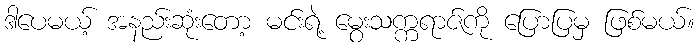
ဒါပေမယ့် အနည်းဆုံးတော့ မင်းရဲ့ မွေးသက္ကရာဇ်ကို ပြောပြမှ ဖြစ်မယ်။